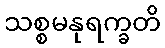
သစ္စမနုရက္ခတိ